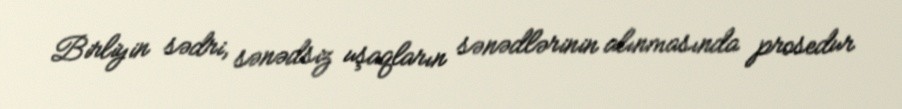
Birliyin sədri, sənədsiz uşaqların sənədlərinin alınmasında prosedur